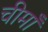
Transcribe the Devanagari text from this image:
चीमाँ